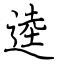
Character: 逵